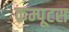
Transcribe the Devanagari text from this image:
कम्पूटस